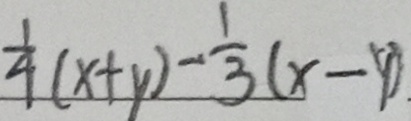
\frac { 1 } { 4 } ( x + y ) - \frac { 1 } { 3 } ( x - y )